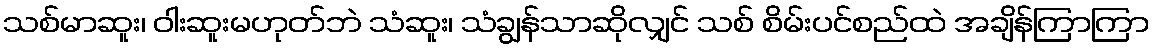
သစ်မာဆူး၊ ဝါးဆူးမဟုတ်ဘဲ သံဆူး၊ သံချွန်သာဆိုလျှင် သစ် စိမ်းပင်စည်ထဲ အချိန်ကြာကြာ